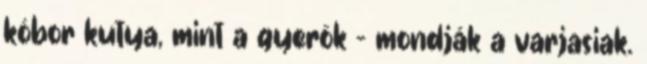
kóbor kutya, mint a gyerök - mondják a varjasiak.